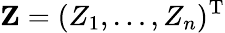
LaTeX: \mathbf{Z}=(Z_{1},\ldots,Z_{n})^{\mathrm{T}}